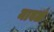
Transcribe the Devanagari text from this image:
मावळं